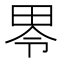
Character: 𱰮